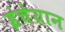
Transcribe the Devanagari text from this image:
इंचेयान